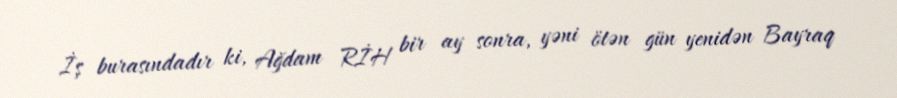
İş burasındadır ki, Ağdam RİH bir ay sonra, yəni ötən gün yenidən Bayraq